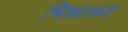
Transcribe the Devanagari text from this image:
भिन्नाश्रय